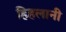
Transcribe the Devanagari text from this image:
हिहलानी